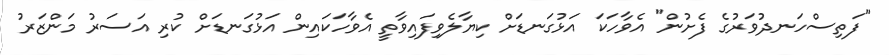
"ފަތިސްހަނދުވަރުގެ ފެށުން" އެވާހަކަ އަޅުގަނޑަށް ކިޔާލެވިފައިވާތީ އެވާހަކައިން އަޅުގަނޑަށް ކުރި އަސަރު މަންޒަރު